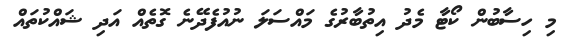
މި ހިސާބުން ކޯޓާ މެދު އިތުބާރުގެ މައްސަލަ ނުއުފެދޭނެ ގޮތެއް އަދި ޝައްކުތައް